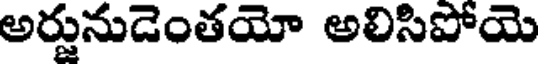
అర్జునుడెంతయో అలిసిపోయె